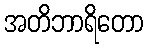
အတိဘာရိတော